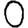
Digit: 0